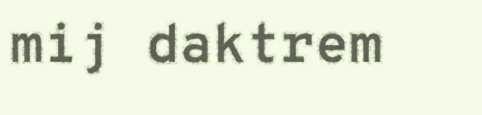
mij daktrem